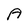
Character: A